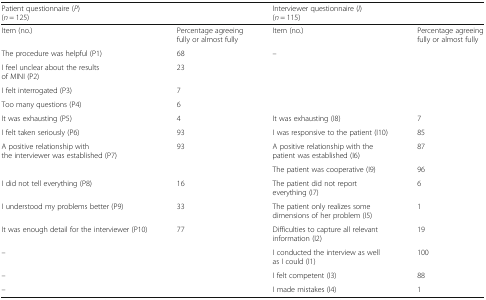
| <COLSPAN=2> Patient questionnaire (P)(n = 125) | <COLSPAN=2> Interviewer questionnaire (I)(n = 115) |
 | --- | --- | --- | --- |
 | Item (no.) | Percentage agreeing fully or almost fully | Item (no.) | Percentage agreeing fully or almost fully |
 | The procedure was helpful (P1) | 68 | <ROWSPAN=4> – | <ROWSPAN=4>  |
 | I feel unclear about the results of MINI (P2) | 23 |
 | I felt interrogated (P3) | 7 |
 | Too many questions (P4) | 6 |
 | It was exhausting (P5) | 4 | It was exhausting (I8) | 7 |
 | I felt taken seriously (P6) | 93 | I was responsive to the patient (I10) | 85 |
 | A positive relationship with the interviewer was established (P7) | 93 | A positive relationship with the patient was established (I6) | 87 |
 |  |  | The patient was cooperative (I9) | 96 |
 | I did not tell everything (P8) | 16 | The patient did not report everything (I7) | 6 |
 | I understood my problems better (P9) | 33 | The patient only realizes some dimensions of her problem (I5) | 1 |
 | It was enough detail for the interviewer (P10) | 77 | Difficulties to capture all relevant information (I2) | 19 |
 | – |  | I conducted the interview as well as I could (I1) | 100 |
 | – |  | I felt competent (I3) | 88 |
 | – |  | I made mistakes (I4) | 1 |